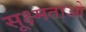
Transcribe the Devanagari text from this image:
सूक्ष्मताओ